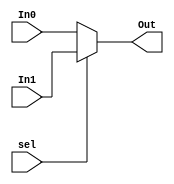
`timescale 1ns / 1ps
//////////////////////////////////////////////////////////////////////////////////
// Company: 
// Engineer: 
// 
// Design Name: 
// Module Name:    mux 
// Project Name: 
// Target Devices: 
// Tool versions: 
// Description: 
//
// Dependencies: 
//
// Revision: 
// Revision 0.01 - File Created
// Additional Comments: 
//
//////////////////////////////////////////////////////////////////////////////////
module mux(
    input [7:0] In0,
    input [7:0] In1,
    input sel,
    output reg [7:0] Out
    );

always@ *
begin
	if(!sel) Out = In0;
	else Out = In1;
end

endmodule